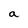
Character: a